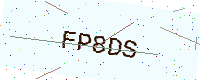
Text: FP8DS